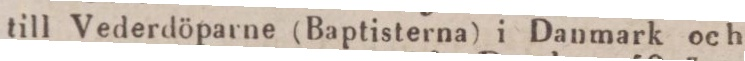
till Vederdöparne (Baptisterna) i Danmark och